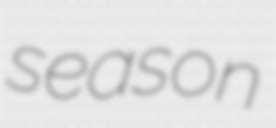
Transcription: season